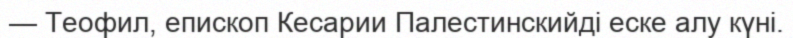
— Теофил, епископ Кесарии Палестинскийді еске алу күні.